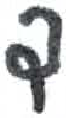
אות: ד